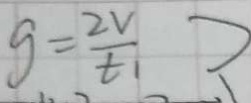
g = \frac { 2 v } { t _ { 1 } } )